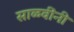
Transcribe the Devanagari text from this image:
साळवींनी